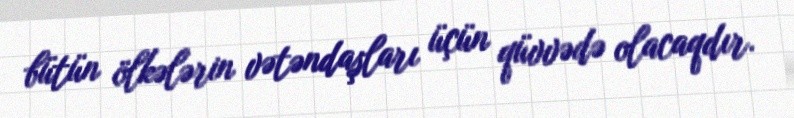
bütün ölkələrin vətəndaşları üçün qüvvədə olacaqdır.